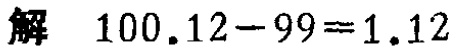
解 \(100.12 - 99 = 1.12\)